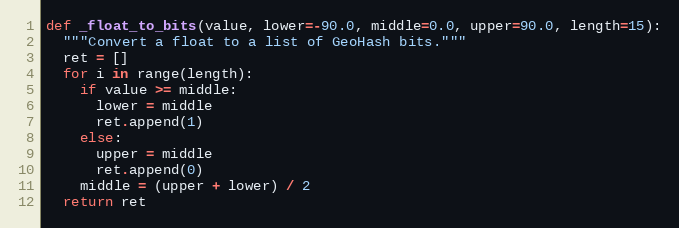
Language: Python
def _float_to_bits(value, lower=-90.0, middle=0.0, upper=90.0, length=15):
  """Convert a float to a list of GeoHash bits."""
  ret = []
  for i in range(length):
    if value >= middle:
      lower = middle
      ret.append(1)
    else:
      upper = middle
      ret.append(0)
    middle = (upper + lower) / 2
  return ret